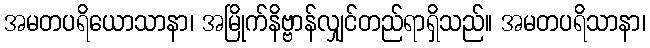
အမတပရိယောသာနာ၊ အမြိုက်နိဗ္ဗာန်လျှင်တည်ရာရှိသည်။ အမတပရိသာနာ၊